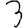
Digit: 3